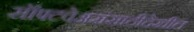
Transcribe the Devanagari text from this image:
सॉफ्टवेअरांसाठीदेखील